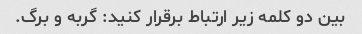
بین دو کلمه زیر ارتباط برقرار کنید: گربه و برگ.